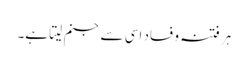
ہر فتنہ و فساد اسی سے جنم لیتا ہے۔